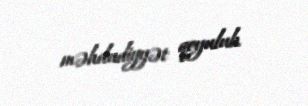
məhdudiyyət qoyulub.